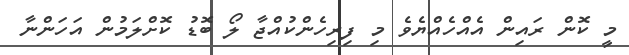
މީ ކޮން ރައިން އެއްހެއްޔެވެ މި ފިރިހެންކުއްޖާ ލޯ ބޮޑު ކޮށްލަމުން އަހަންނާ